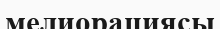
мелиорациясы